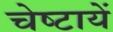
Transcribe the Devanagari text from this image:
चेष्‍टायें